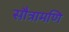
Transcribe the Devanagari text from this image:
सौत्रामणि